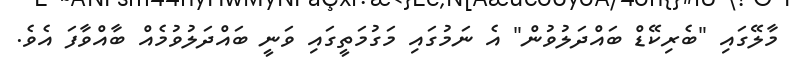
މާލޭގައި "ބެރިކޭޑް ބައްދަލުވުން" އެ ނަމުގައި މަގުމަތީގައި ވަނީ ބައްދަލުވުމެއް ބާއްވާފަ އެވެ.